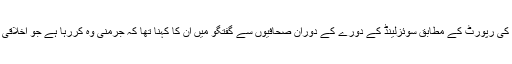
جرمن نشریاتی ادارے ڈوئچے ویلے کی رپورٹ کے مطابق سوئزلینڈ کے دورے کے دوران صحافیوں سے گفتگو میں ان کا کہنا تھا کہ جرمنی وہ کررہا ہے جو اخلاقی اور قانونی طور پر کیا جا سکتا ہے۔